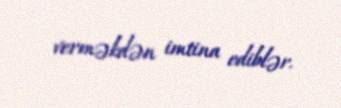
verməkdən imtina ediblər.